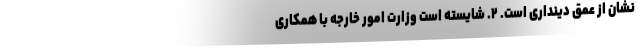
نشان از عمق دینداری است. ۲. شایسته است وزارت امور خارجه با همکاری